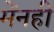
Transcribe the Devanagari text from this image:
मेंनहीं